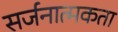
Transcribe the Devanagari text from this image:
सर्जनात्‍मकता